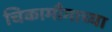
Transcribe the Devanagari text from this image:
चिकामौगाच्या